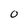
Character: 0